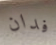
فدان